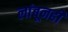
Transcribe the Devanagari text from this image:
लांबूनही